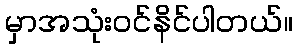
မှာအသုံးဝင်နိင်ပါတယ်။